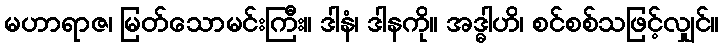
မဟာရာဇ၊ မြတ်သောမင်းကြီး။ ဒါနံ၊ ဒါနကို။ အဒ္ဓါဟိ၊ စင်စစ်သဖြင့်လျှင်။